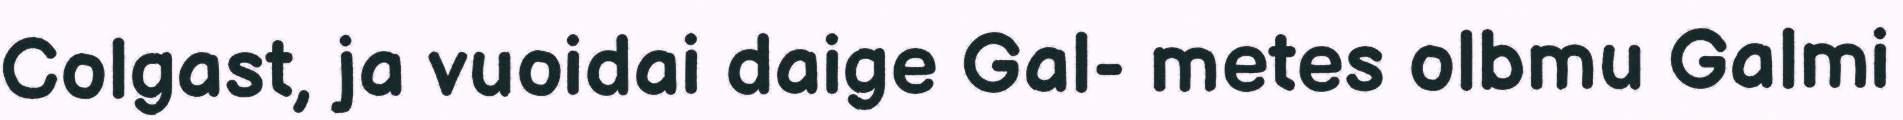
Colgast, ja vuoidai daige Gal- metes olbmu Galmi